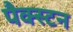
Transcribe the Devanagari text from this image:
पैक्स्टन